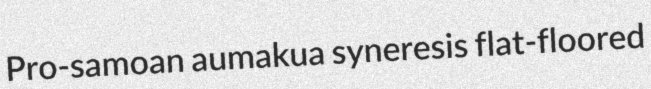
Pro-samoan aumakua syneresis flat-floored